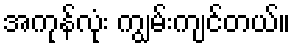
အကုန်လုံး ကျွမ်းကျင်တယ်။